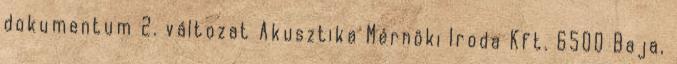
dokumentum 2. változat Akusztika Mérnöki Iroda Kft. 6500 Baja,